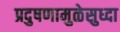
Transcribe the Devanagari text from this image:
प्रदुषणामुळेसुध्दा